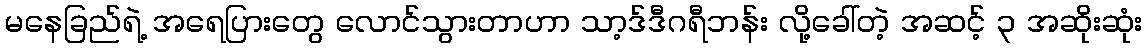
မနေခြည်ရဲ့ အရေပြားတွေ လောင်သွားတာဟာ သာ့ဒ်ဒီဂရီဘန်း လို့ခေါ်တဲ့ အဆင့် ၃ အဆိုးဆုံး